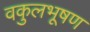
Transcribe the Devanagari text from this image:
वकुलभूषण